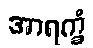
အာရက္ခံ